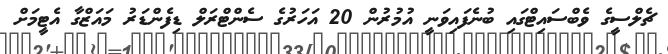
ޗެލްސީގެ ވެބްސައިޓްގައި ބުނެފައިވަނީ އުމުރުން 20 އަހަރުގެ ސެންޓްރަލް ޑިފެންޑަރު މައަޒްގާ އެޓީމަށް